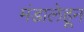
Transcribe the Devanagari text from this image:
मंडालेहून